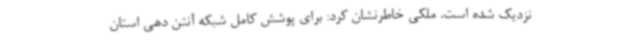
نزدیک شده است. ملکی خاطرنشان کرد: برای پوشش کامل شبکه آنتن دهی استان